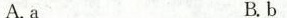
A.a B.b